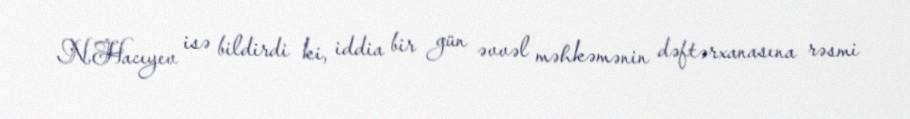
N.Hacıyev isə bildirdi ki, iddia bir gün əvvəl məhkəmənin dəftərxanasına rəsmi